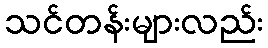
သင်တန်းများလည်း